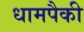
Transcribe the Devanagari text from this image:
धामपैकी